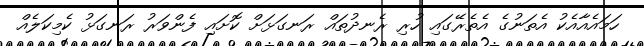
ހަމައެއާއެކު އެތަނުގެ އެތެރޭގައި ހުރި ރެނދުތައް ރަނގަޅަށް ކޮށައި ފެންވަރު ރަނގަޅު ކެމިކަލެއް